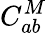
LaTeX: C_{ab}^{M}